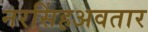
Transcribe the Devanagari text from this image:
नरसिंहअवतार